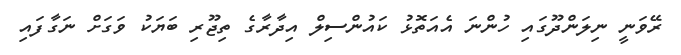
ރޭވަނީ ނިލަންދޫގައި ހުންނަ އެއަތޮޅު ކައުންސިލް އިދާރާގެ ތިޖޫރި ބަޔަކު ވަގަށް ނަގާފައި